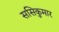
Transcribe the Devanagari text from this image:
ससिकुमार